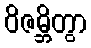
ဝိဇမ္ဘိတွာ